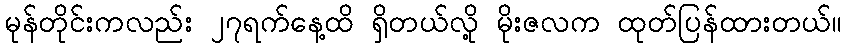
မုန်တိုင်းကလည်း ၂၇ရက်နေ့ထိ ရှိတယ်လို့ မိုးဇလက ထုတ်ပြန်ထားတယ်။